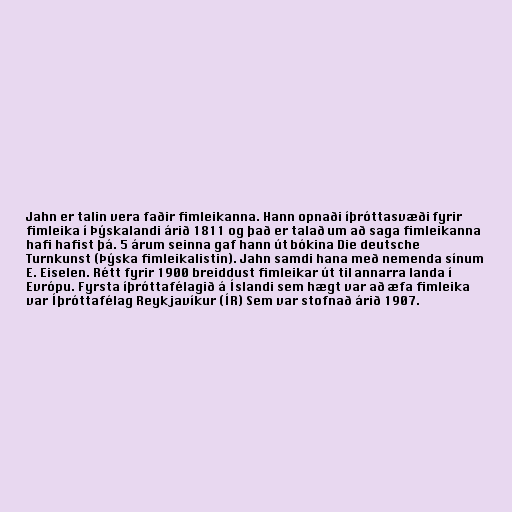
Jahn er talin vera faðir fimleikanna. Hann opnaði íþróttasvæði fyrir
fimleika í Þýskalandi árið 1811 og það er talað um að saga fimleikanna
hafi hafist þá. 5 árum seinna gaf hann út bókina Die deutsche
Turnkunst (Þýska fimleikalistin). Jahn samdi hana með nemenda sínum
E. Eiselen. Rétt fyrir 1900 breiddust fimleikar út til annarra landa í
Evrópu. Fyrsta íþróttafélagið á Íslandi sem hægt var að æfa fimleika
var Íþróttafélag Reykjavíkur (ÍR) Sem var stofnað árið 1907.